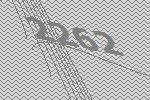
2262